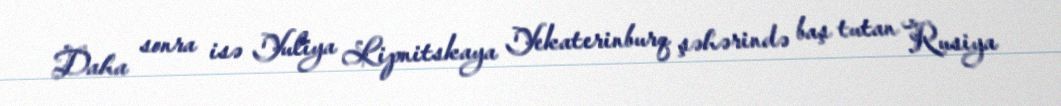
Daha sonra isə Yuliya Lipnitskaya Yekaterinburq şəhərində baş tutan Rusiya